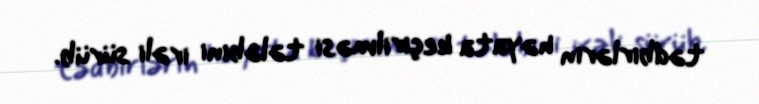
tədbirlərin həyata keçirilməsi tələbini irəli sürüb.